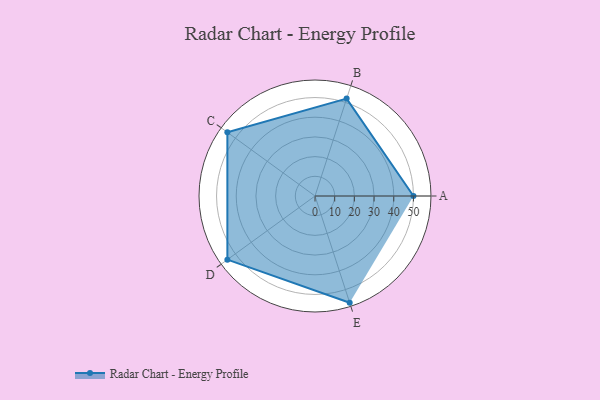
{"axis": {"x": "Skill", "y": "Score"}, "legend": ["Profile"], "data": [{"x": "A", "y": 50.0, "type": "Profile"}, {"x": "B", "y": 52.0, "type": "Profile"}, {"x": "C", "y": 55.0, "type": "Profile"}, {"x": "D", "y": 55.0, "type": "Profile"}, {"x": "E", "y": 57.0, "type": "Profile"}]}